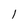
Character: 1